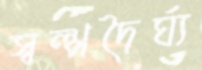
স্বল্পদৈর্ঘ্য